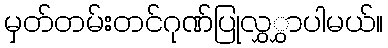
မှတ်တမ်းတင်ဂုဏ်ပြုလွှွှာပါမယ်။